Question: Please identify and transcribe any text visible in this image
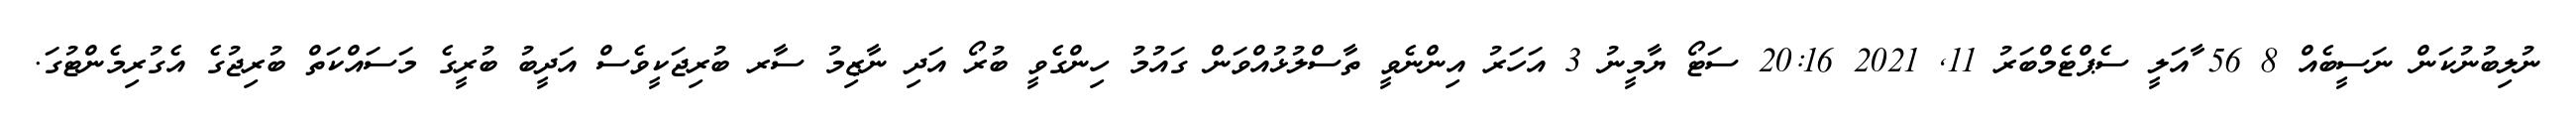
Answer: ނުލިބުނުކަން ނަސީބެއް 8 56 ާއަލީ ސެޕްޓެމްބަރު 11, 2021 20:16 ސަޓޯ ޔާމީނު 3 އަހަރު އިންނެވީ ތާސްލުޅުއްވަން ގައުމު ހިންގެވީ ބުރޯ އަދި ނާޒިމު ސާރ ބުރިޖަކީވެސް އަދީބު ބުރީގެ މަސައްކަތް ބުރިޖުގެ އެގުރިމެންޓުގަ.